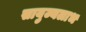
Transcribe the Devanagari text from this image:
सायुज्यलाभ